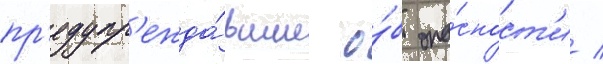
пр'едупр'ежда́вшие о́б опа́сност'и /